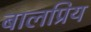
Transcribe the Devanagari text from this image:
बालप्रिय